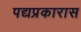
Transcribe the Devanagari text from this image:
पद्यप्रकारास